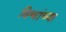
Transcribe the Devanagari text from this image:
विश्वांच्या